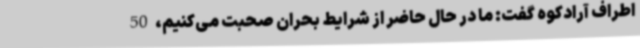
اطراف آرادکوه گفت: ما در حال حاضر از شرایط بحران صحبت می‌کنیم، 50